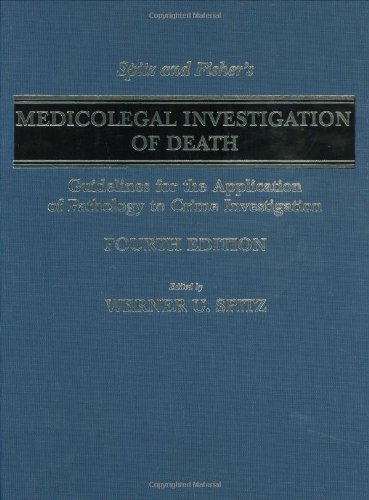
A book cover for Spitz and Fisher's Medicolegal Investigation of Death: Guidelines for the Application of Pathology to Crime Investigation; Werner U. Spitz; Law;